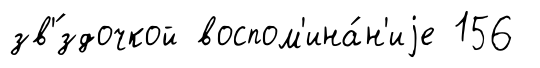
зв'́здочкой воспом'ина́н'иjе 156